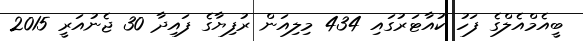
ބީއެމްއެލްގެ ފަހު ކުއާޓަރުގައި 434 މިލިއަން ރުފިޔާގެ ފައިދާ 30 ޖެނުއަރީ 2015